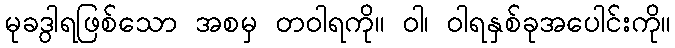
မုခဒွါရဖြစ်သော အစမှ တဝါရကို။ ဝါ၊ ဝါရနှစ်ခုအပေါင်းကို။